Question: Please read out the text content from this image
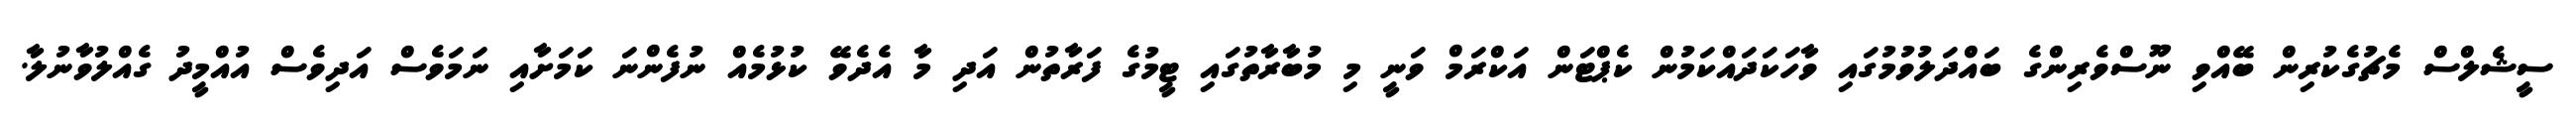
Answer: ސީޝެލްސް މެޗުގެކުރިން ބޭއްވި ނޫސްވެރިންގެ ބައްދަލުވުމުގައި ވާހަކަދައްކަމުން ކެޕްޓަން އަކްރަމް ވަނީ މި މުބާރާތުގައި ޓީމުގެ ފަރާތުން އަދި މާ އެދެވޭ ކުޅުމެއް ނުފެންނަ ކަމަށާއި ނަމަވެސް އަދިވެސް އުއްމީދު ގެއްލުވާނުލާ.